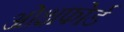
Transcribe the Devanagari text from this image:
ओक्षफोर्ड